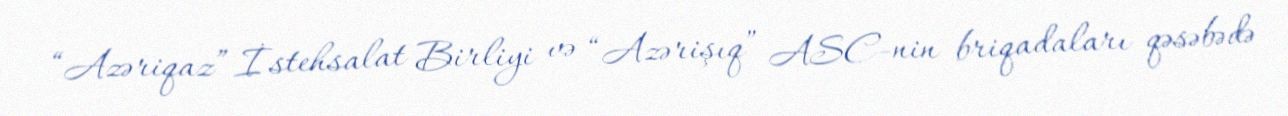
“Azəriqaz” İstehsalat Birliyi və “Azərişıq” ASC-nin briqadaları qəsəbədə